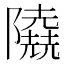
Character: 𨽐